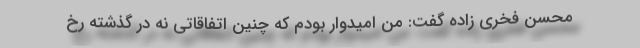
محسن فخری زاده گفت: من امیدوار بودم که چنین اتفاقاتی نه در گذشته رخ